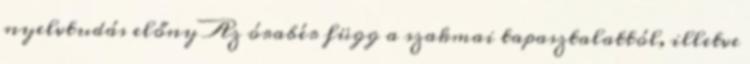
nyelvtudás előny Az órabér függ a szakmai tapasztalattól, illetve